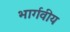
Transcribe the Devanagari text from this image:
भार्गवीय